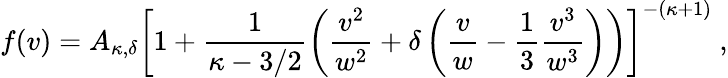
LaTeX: f(v)=A_{\kappa,\delta}\left[1+\frac{1}{\kappa-3/2}\left(\frac{v^{2}}{w^{2}}+\delta\left(\frac{v}{w}-\frac{1}{3}\frac{v^{3}}{w^{3}}\right)\right)\right]^{-(\kappa+1)}\ ,